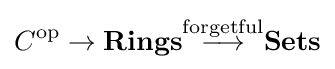
C^{\operatorname {op} }\to \mathbf {Rings} {\stackrel {\textrm {forgetful}}{\longrightarrow }}\mathbf {Sets}